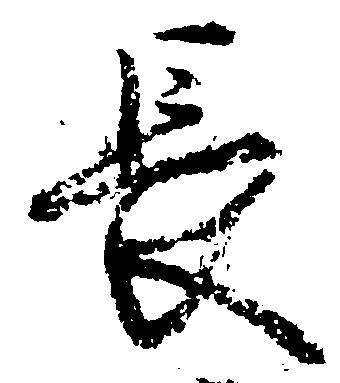
長